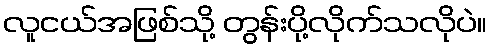
လူငယ်အဖြစ်သို့ တွန်းပို့လိုက်သလိုပဲ။